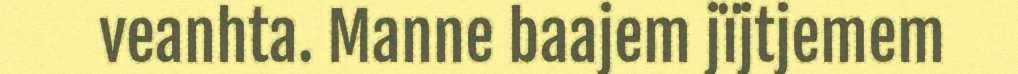
veanhta. Manne baajem jïjtjemem